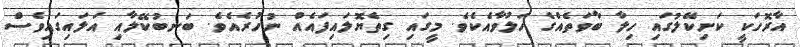
އާރޮހަކީ ކަށިކޭލުގައި ހިލާ ބާވަތެއްގެ ހަލުވާއެކެވެ. މީގައި ގިތެޔޮލައިފައެއް ނުހުރެއެވެ. ބަނބުކޭލާއި އަލައިގައިވެސް